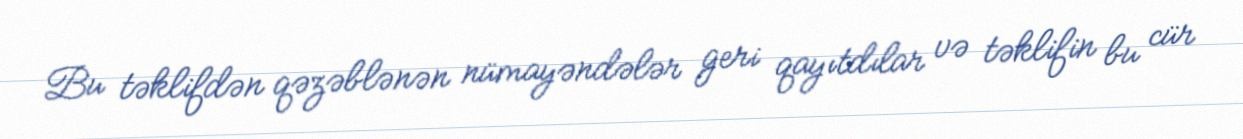
Bu təklifdən qəzəblənən nümayəndələr geri qayıtdılar və təklifin bu cür